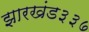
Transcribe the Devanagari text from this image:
झारखंड३३७